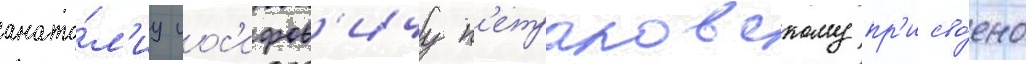
анато́л'иу иос'ифов'ичу п'етраковскому пр'исво́ено